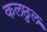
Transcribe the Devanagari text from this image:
कलछुल